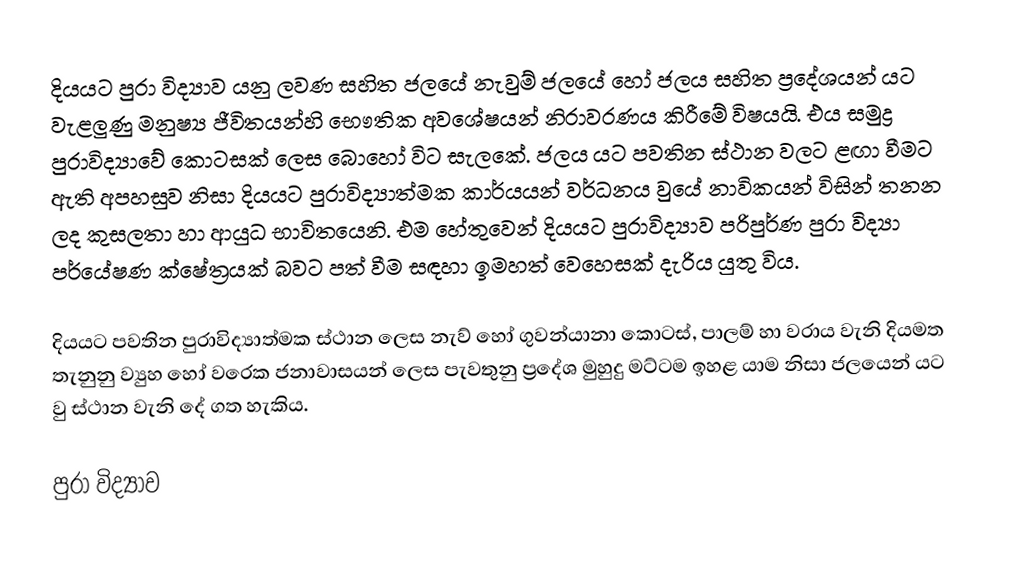
දියයට පුරා විද්‍යාව යනු ලවණ සහිත ජලයේ ‍නැවුම් ජලයේ හෝ ජලය සහිත ප්‍රදේශයන් යට වැළලුණු මනුෂ්‍ය ජීවිතයන්හි භෞතික අවශේෂයන් නිරාවරණය කිරීමේ විෂයයි. එය සමුද්‍ර පුරාවිද්‍යාවේ කොටසක් ලෙස බොහෝ විට සැලකේ. ජලය යට පවතින ස්ථාන වලට ළඟා වීමට ඇති අපහසුව නිසා දියයට පුරාවිද්‍යාත්මක කාර්යයන් වර්ධනය වුයේ නාවිකයන් විසින් තනන ලද කුසලතා හා ආයුධ භාවිතයෙනි. එම හේතුවෙන් දියයට පුරාවිද්‍යාව පරිපුර්ණ පුරා විද්‍යා පර්යේෂණ ක්ෂේත්‍රයක් බවට පත් වීම සඳහා ඉමහත් වෙහෙසක් දැරිය යුතු විය.

දියයට පවතින පුරාවිද්‍යාත්මක ස්ථාන ලෙස නැව් හෝ ගුවන්යානා කොටස්, පාලම් හා වරාය වැනි දියමත තැනුනු ව්‍යුහ හෝ වරෙක ජනාවාසයන් ලෙස පැවතුනු ප්‍රදේශ මුහුදු මට්ටම ඉහළ යාම නිසා ජලයෙන් යට වු ස්ථාන වැනි දේ ගත හැකිය.

පුරා විද්‍යාව